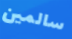
سالمين